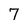
Character: 7